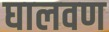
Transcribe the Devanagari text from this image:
घालवण